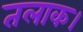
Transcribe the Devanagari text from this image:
तलाक।